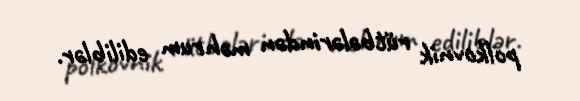
polkovnik rütbələrindən məhrum ediliblər.